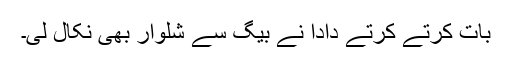
بات کرتے کرتے دادا نے بیگ سے شلوار بھی نکال لی۔